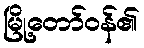
မြို့တော်ဝန်၏